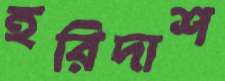
হরিদাশ